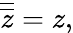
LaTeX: {\overline{{\overline{{z}}}}}=z,